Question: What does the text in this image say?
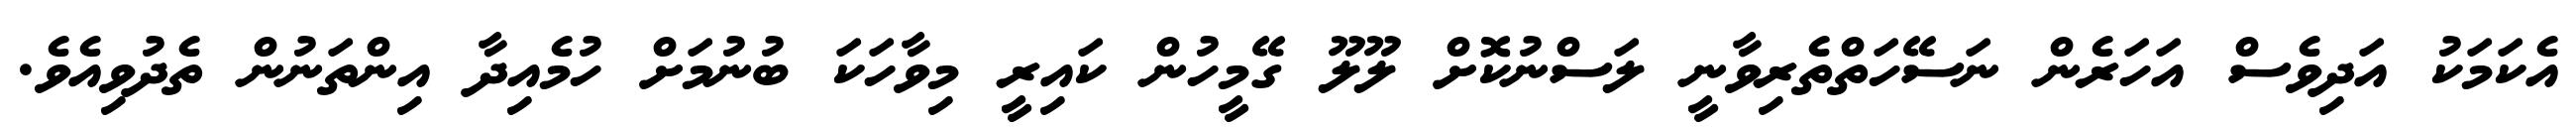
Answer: އެކަމަކު އަދިވެސް އަހަރެން ނަސޭހަތްތެރިވާނީ ލަސްނުކޮށް ލޫލޫ ގޭމީހުން ކައިރީ މިވާހަކަ ބުނުމަށް ހުމެއިދާ އިންތަނުން ތެދުވިއެވެ.